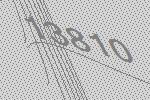
13810